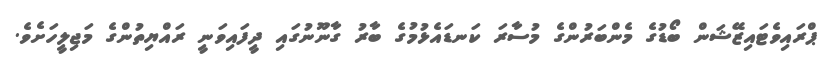
ޕްރައިވެޓައިޒޭޝަން ބޯޑުގެ މެންބަރުންގެ މުސާރަ ކަނޑައެޅުމުގެ ބާރު ގާނޫނުގައި ދީފައިވަނީ ރައްޔިތުންގެ މަޖިލީހަށެވެ.